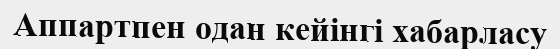
Аппартпен одан кейінгі хабарласу